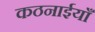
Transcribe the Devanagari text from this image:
कठनाईयाँ